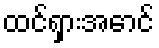
ထင်ရှားအောင်